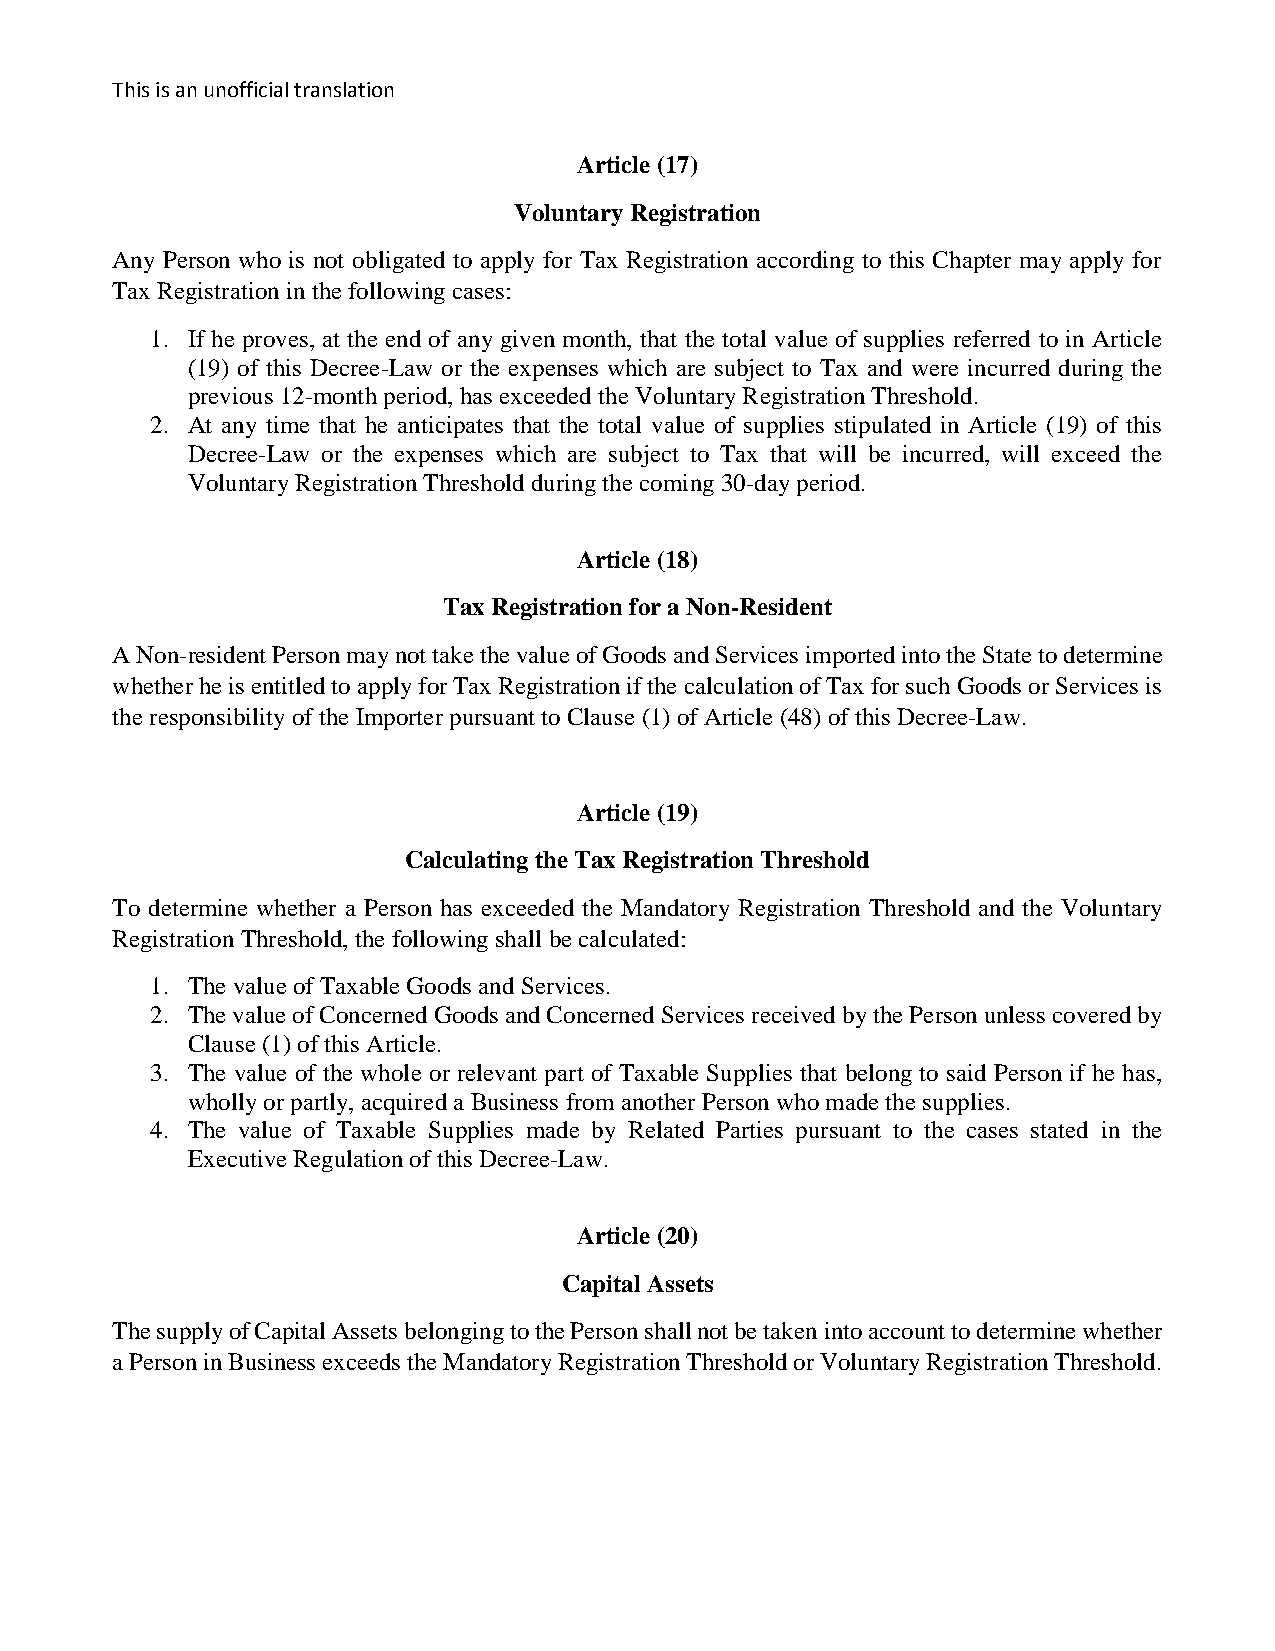
This is an unofficial translation
 Article (17)
 Voluntary Registration
 Any Person who is not obligated to apply for Tax Registration according to this Chapter may apply for
 Tax Registration in the following cases:
 1. If he proves, at the end of any given month, that the total value of supplies referred to in Article
 (19) of this Decree-Law or the expenses which are subject to Tax and were incurred during the
 previous 12-month period, has exceeded the Voluntary Registration Threshold.
 2. At any time that he anticipates that the total value of supplies stipulated in Article (19) of this
 Decree-Law or the expenses which are subject to Tax that will be incurred, will exceed the
 Voluntary Registration Threshold during the coming 30-day period.
 Article (18)
 Tax Registration for a Non-Resident
 A Non-resident Person may not take the value of Goods and Services imported into the State to determine
 whether he is entitled to apply for Tax Registration if the calculation of Tax for such Goods or Services is
 the responsibility of the Importer pursuant to Clause (1) of Article (48) of this Decree-Law.
 Article (19)
 Calculating the Tax Registration Threshold
 To determine whether a Person has exceeded the Mandatory Registration Threshold and the Voluntary
 Registration Threshold, the following shall be calculated:
 1. The value of Taxable Goods and Services.
 2. The value of Concerned Goods and Concerned Services received by the Person unless covered by
 Clause (1) of this Article.
 3. The value of the whole or relevant part of Taxable Supplies that belong to said Person if he has,
 wholly or partly, acquired a Business from another Person who made the supplies.
 4. The value of Taxable Supplies made by Related Parties pursuant to the cases stated in the
 Executive Regulation of this Decree-Law.
 Article (20)
 Capital Assets
 The supply of Capital Assets belonging to the Person shall not be taken into account to determine whether
 a Person in Business exceeds the Mandatory Registration Threshold or Voluntary Registration Threshold.